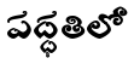
పద్ధతిలో